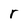
Character: r